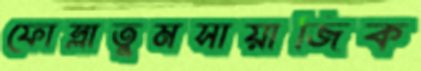
ফোস্‌লাতুমসায়াজিক